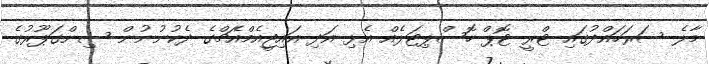
މާލެ ސަރަހައްދުގައި ޓްރީ ޓޮޕް ހޮސްޕިޓަލެއް އެޅި އަދި އައިޖީއެމްއެޗްގެ ދެކުނުނުން ސިންގަޕޫރުގެ